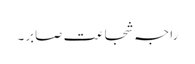
راجہ شجاعت صابر۔